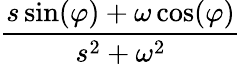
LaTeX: \frac{s\sin(\varphi)+\omega\cos(\varphi)}{s^{2}+\omega^{2}}